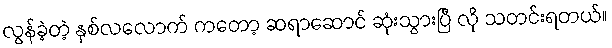
လွန်ခဲ့တဲ့ နှစ်လလောက် ကတော့ ဆရာဆောင် ဆုံးသွားပြီ လို သတင်းရတယ်။